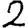
Digit: 2